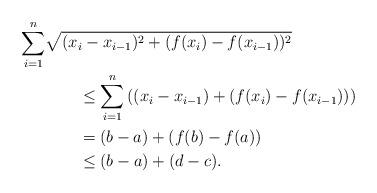
LaTeX: \begin{align*}\sum_{i=1}^n&\sqrt{(x_i-x_{i-1})^2+(f(x_i)-f(x_{i-1}))^2} \\&\qquad\le \sum_{i=1}^n\left((x_i-x_{i-1})+(f(x_i)-f(x_{i-1}))\right) \\&\qquad=(b-a)+(f(b)-f(a)) \\&\qquad\le (b-a)+(d-c).\end{align*}